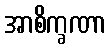
အာစိက္ခဏာ